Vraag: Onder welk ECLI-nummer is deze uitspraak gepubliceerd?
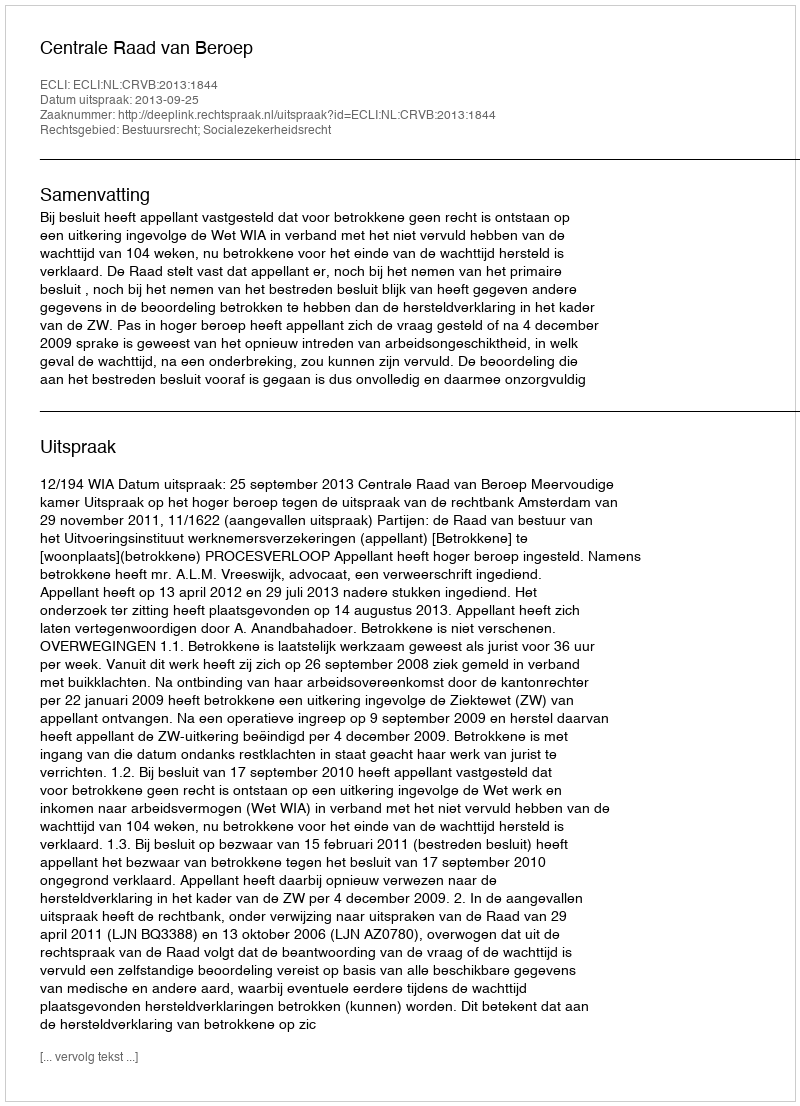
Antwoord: ECLI:NL:CRVB:2013:1844